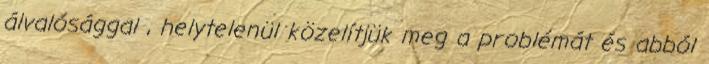
álvalósággal , helytelenül közelítjük meg a problémát és abból